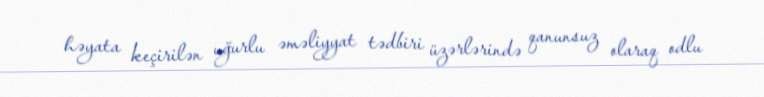
həyata keçirilən uğurlu əməliyyat tədbiri üzərlərində qanunsuz olaraq odlu